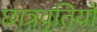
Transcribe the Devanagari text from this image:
छात्रवृतियों